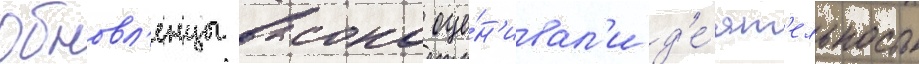
Обновл'енцы высоко оце́н'ивал'и д'е́ят'ельность